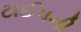
ટાઈપની